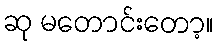
ဆု မတောင်းတော့။